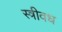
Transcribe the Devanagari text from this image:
स्त्रीवध